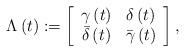
LaTeX: \begin{align*}\Lambda\left( t\right) :=\left[\begin{array}[c]{cc}\gamma\left( t\right) & \delta\left( t\right) \\\bar{\delta}\left( t\right) & \bar{\gamma}\left( t\right)\end{array}\right] , \end{align*}